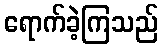
ရောက်ခဲ့ကြသည်